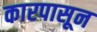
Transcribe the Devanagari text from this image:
कारपासून